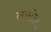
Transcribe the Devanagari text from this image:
लार्सोए